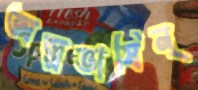
অল্পভাষিন্